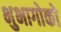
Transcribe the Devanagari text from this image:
भुभागोको